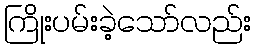
ကြိုးပမ်းခဲ့သော်လည်း